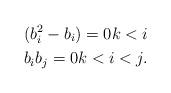
LaTeX: \begin{align*}&(b_i^2 - b_i) =0 k < i \\&b_i b_j =0 k < i <j.\end{align*}